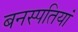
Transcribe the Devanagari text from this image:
बनस्पतियां